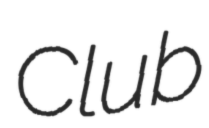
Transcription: Club